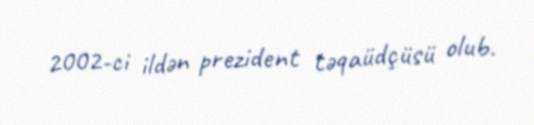
2002-ci ildən prezident təqaüdçüsü olub.